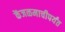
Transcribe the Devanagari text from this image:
केंजळमाचीपर्यंत